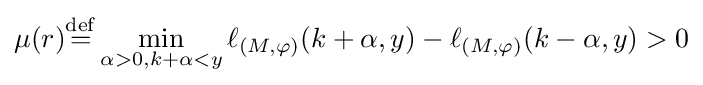
\mu (r){\stackrel {\rm {def}}{=}}\min _{\alpha >0,k+\alpha <y}\ell _{({M},\varphi )}(k+\alpha ,y)-\ell _{({M},\varphi )}(k-\alpha ,y)>0